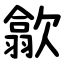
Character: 歙